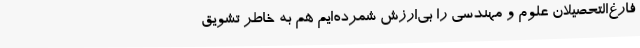
فارغ‌التحصیلان علوم و مهندسی را بی‌ارزش شمرده‌ایم هم به خاطر تشویق